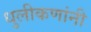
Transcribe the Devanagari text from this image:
धुलीकणांनी